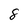
Character: 8